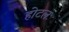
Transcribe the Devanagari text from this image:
होटलः